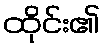
ထိုင်း၏